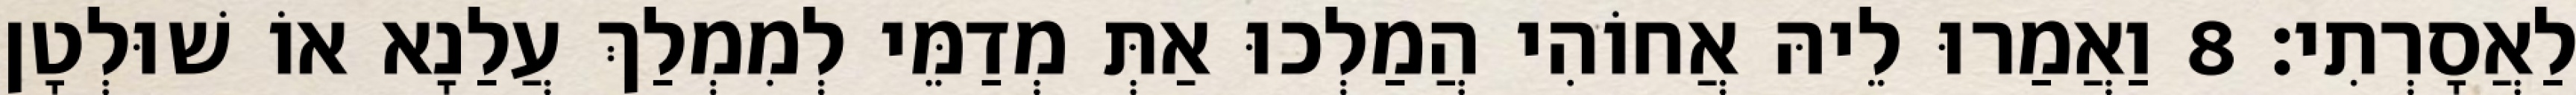
לַאֲסָרְתִי׃ 8 וַאֲמַרוּ לֵיהּ אֲחוֹהִי הֲמַלְכוּ אַתְּ מְדַמֵּי לְמִמְלַךְ עֲלַנָא אוֹ שׁוּלְטָן